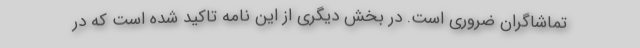
تماشاگران ضروری است. در بخش دیگری از این نامه تاکید شده است که در